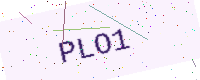
Text: PLO1